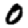
Digit: 0